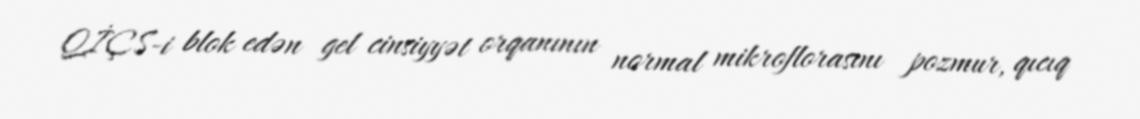
QİÇS-i blok edən gel cinsiyyət orqanının normal mikroflorasını pozmur, qıcıq